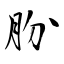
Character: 朌